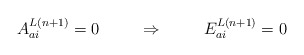
\begin{align*}A^{L(n+1)}_{ai} = 0 \hspace{1cm} \Rightarrow \hspace{1cm} E^{L(n+1)}_{ai} = 0\end{align*}